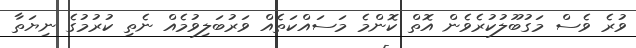
ވުރެ ވެސް މަގުބޫލުކުރެވެން އޮތް ކޮންމެ މަސައްކަތެއް ވަރުބަލިވުމެއް ނެތި ކުރުމުގެ ނިޔަތާ